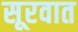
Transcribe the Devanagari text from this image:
सूरवात